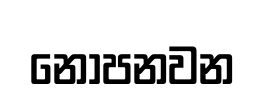
නොපනවන